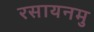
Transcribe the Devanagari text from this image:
रसायनमु